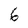
Character: 6